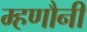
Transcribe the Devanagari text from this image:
म्हणौनी